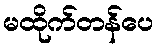
မထိုက်တန်ပေ